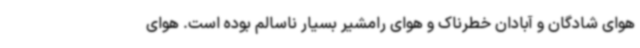
هوای شادگان و آبادان خطرناک و هوای رامشیر بسیار ناسالم بوده است. هوای